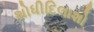
શોધીદિલાશો